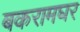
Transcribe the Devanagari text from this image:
बकरामघर